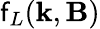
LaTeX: \mathsf{f}_{L}(\textbf{{k}},\textbf{{B}})